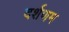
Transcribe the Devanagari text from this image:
दर्शणम